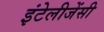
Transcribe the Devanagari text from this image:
इंटेलीजेंसी